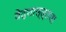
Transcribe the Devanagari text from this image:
वेद्शास्त्राचा